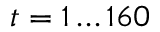
t = 1 \ldots 1 6 0